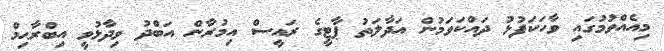
މިއެއްވުމުގައި ވާހަކަފުޅު ދައްކަވަމުން އަދާލަތު ޕާޓީގެ ރައީސް އިމުރާން އަބްދު ވިދާޅުވީ އިބްރާޙިމް